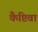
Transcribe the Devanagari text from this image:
कैप्टिवा